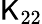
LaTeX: \mathsf{K}_{22}